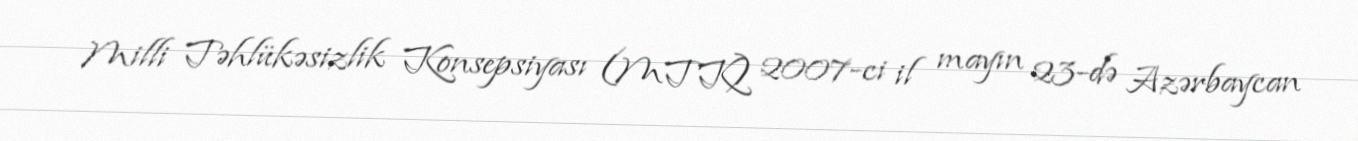
Milli Təhlükəsizlik Konsepsiyası (MTK) 2007-ci il mayın 23-də Azərbaycan